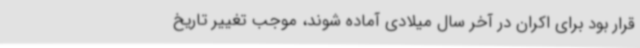
قرار بود برای اکران در آخر سال میلادی آماده شوند، موجب تغییر تاریخ